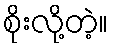
စိုးလို့တဲ့။